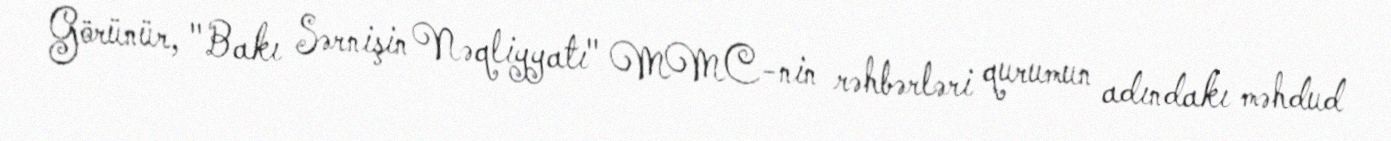
Görünür, "Bakı Sərnişin Nəqliyyatı" MMC-nin rəhbərləri qurumun adındakı məhdud